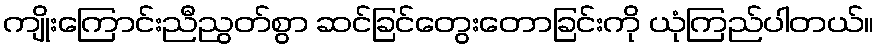
ကျိုးကြောင်းညီညွတ်စွာ ဆင်ခြင်တွေးတောခြင်းကို ယုံကြည်ပါတယ်။